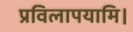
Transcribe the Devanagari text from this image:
प्रविलापयामि।